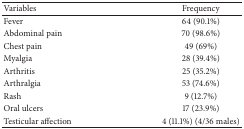
<table><thead><tr><td><b>Variables</b></td><td><b>Frequency</b></td></tr></thead><tbody><tr><td>Fever</td><td>64 (90.1%)</td></tr><tr><td>Abdominal pain</td><td>70 (98.6%)</td></tr><tr><td>Chest pain</td><td>49 (69%)</td></tr><tr><td>Myalgia</td><td>28 (39.4%)</td></tr><tr><td>Arthritis</td><td>25 (35.2%)</td></tr><tr><td>Arthralgia</td><td>53 (74.6%)</td></tr><tr><td>Rash</td><td>9 (12.7%)</td></tr><tr><td>Oral ulcers</td><td>17 (23.9%)</td></tr><tr><td>Testicular affection</td><td>4 (11.1%) (4/36 males)</td></tr></tbody></table>